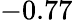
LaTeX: -0.77